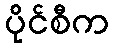
ပိုင်စီက